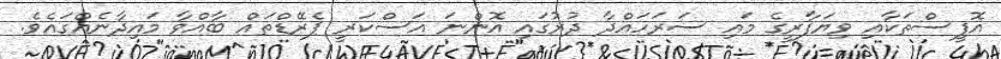
އޮފީސްތަކާއި ވިޔަފާރީގެ މައި ސަރަހައްދާ ދުރުގައި އޮންނަ އަސްކަރީ ޕެރޭޑްތައް ބާއްވާ މައިދާނެއްގައެވެ.